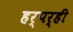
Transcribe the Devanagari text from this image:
हर्पर्ही